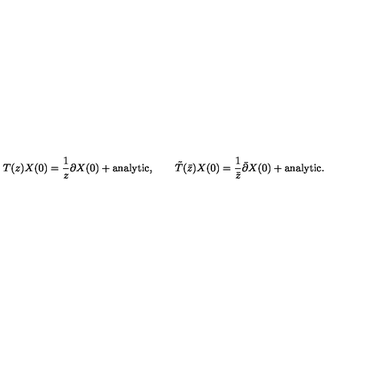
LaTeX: T ( z ) X ( 0 ) = \frac { 1 } { z } \partial X ( 0 ) + \mathrm { a n a l y t i c } , \qquad \tilde { T } ( \bar { z } ) X ( 0 ) = \frac { 1 } { \bar { z } } \bar { \partial } X ( 0 ) + \mathrm { a n a l y t i c } .